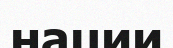
нации